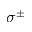
\sigma ^ { \pm }